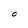
Character: O